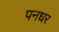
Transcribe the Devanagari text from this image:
पनधर